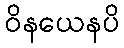
ဝိနယေနပိ